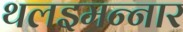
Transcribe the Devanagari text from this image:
थलइमन्‍नार